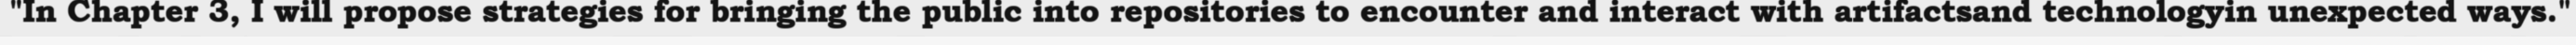
"In Chapter 3, I will propose strategies for bringing the public into repositories to encounter and interact with artifactsand technologyin unexpected ways."